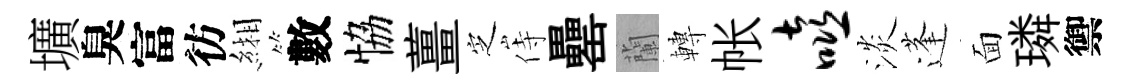
壙臭富彷緗數恊薑㝎侍罍蘭轉帐嘻淡蓬面璘禦